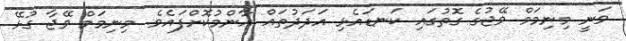
ވަނީ މިނިމަމް ވޭޖުގެ ގޮތުގައި ކަނޑައެޅި އަދަދުތައް އާންމުކޮށްފައެވެ. މިނިމަމް ވޭޖާ ގުޅޭ